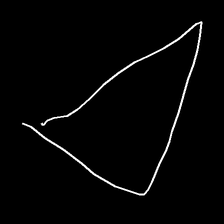
Glyph: convergence